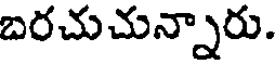
బరచుచున్నారు.